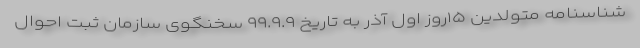
شناسنامه متولدین ۱۵روز اول آذر به تاریخ ۹۹.۹.۹ سخنگوی سازمان ثبت احوال